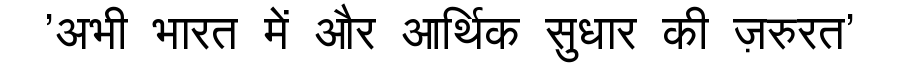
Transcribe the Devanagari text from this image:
'अभी भारत में और आर्थिक सुधार की ज़रुरत'